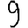
Digit: 9